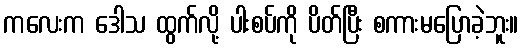
ကလေးက ဒေါသ ထွက်လို့ ပါးစပ်ကို ပိတ်ပြီး စကားမပြောခဲ့ဘူး။